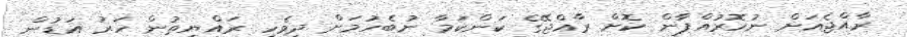
ރާއްޖެއަށް ނުހޮރުއްޕާން ކޮށް ރާއްޖޭގެ ކަންކަމާ ނުބެހުމަށް ދިވެހި ރައްޔިތުން ހަރު އަޑުން